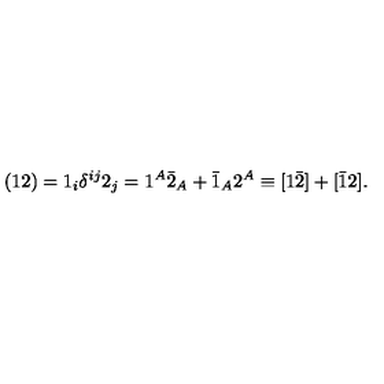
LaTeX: ( { 1 2 } ) = 1 _ { i } \delta ^ { i j } 2 _ { j } = 1 ^ { A } \bar { 2 } _ { A } + \bar { 1 } _ { A } 2 ^ { A } \equiv [ 1 \bar { 2 } ] + [ \bar { 1 } 2 ] .